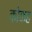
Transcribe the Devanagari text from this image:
कोकह